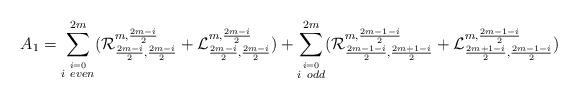
LaTeX: \begin{align*}A_1=\sum^{2m}_{\stackrel{i=0}{i\ even}}(\mathcal{R}^{m,\frac{2m-i}{2}}_{\frac{2m-i}{2},\frac{2m-i}{2}}+\mathcal{L}^{m,\frac{2m-i}{2}}_{\frac{2m-i}{2},\frac{2m-i}{2}})+\sum^{2m}_{\stackrel{i=0}{i\ odd}}(\mathcal{R}^{m,\frac{2m-1-i}{2}}_{\frac{2m-1-i}{2},\frac{2m+1-i}{2}}+\mathcal{L}^{m,\frac{2m-1-i}{2}}_{\frac{2m+1-i}{2},\frac{2m-1-i}{2}})\end{align*}